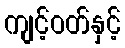
ကျင့်ဝတ်နှင့်